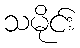
သမိုင်း